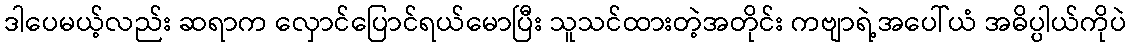
ဒါပေမယ့်လည်း ဆရာက လှောင်ပြောင်ရယ်မောပြီး သူသင်ထားတဲ့အတိုင်း ကဗျာရဲ့အပေါ်ယံ အဓိပ္ပါယ်ကိုပဲ